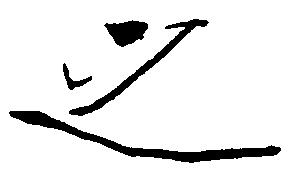
之